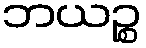
ဘယဉ္စ